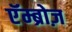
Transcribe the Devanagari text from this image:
एॅम्ब्रोज़